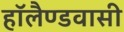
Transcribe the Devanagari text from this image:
हॉलैण्डवासी